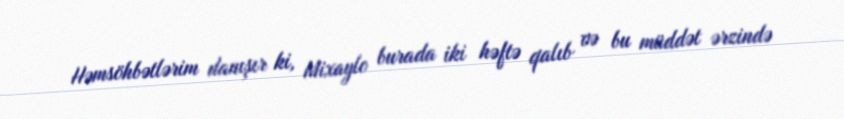
Həmsöhbətlərim danışır ki, Mixaylo burada iki həftə qalıb və bu müddət ərzində